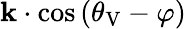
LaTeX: \mathbf{k}\cdot\cos{(\theta_{\mathrm{{V}}}-\varphi)}